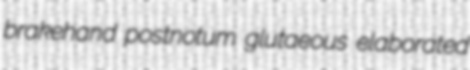
brakehand postnotum glutaeous elaborated